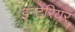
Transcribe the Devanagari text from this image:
इन्टेरियर